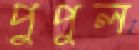
পুপুল